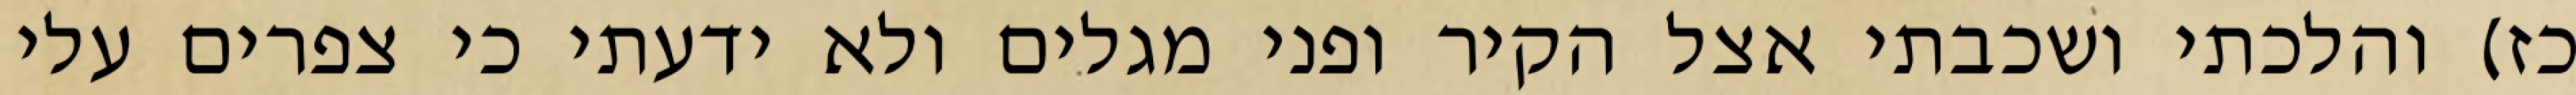
כז) והלכתי ושכבתי אצל הקיר ופני מגלים ולא ידעתי כי צפרים עלי